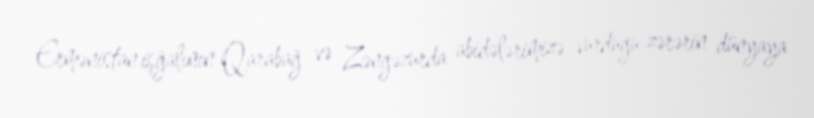
Ermənistan işğalının Qarabağ və Zəngəzurda abidələrimizə vurduğu zərərin dünyaya